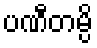
ပဏီတမ္ပိ